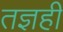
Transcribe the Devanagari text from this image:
तज्ञही